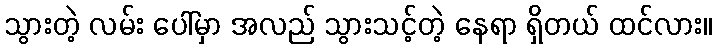
သွားတဲ့ လမ်း ပေါ်မှာ အလည် သွားသင့်တဲ့ နေရာ ရှိတယ် ထင်လား။